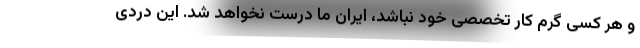
و هر کسی گرم کار تخصصی خود نباشد، ایران ما درست نخواهد شد. این دردی